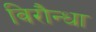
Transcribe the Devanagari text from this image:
विरौन्धा